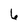
Character: 6